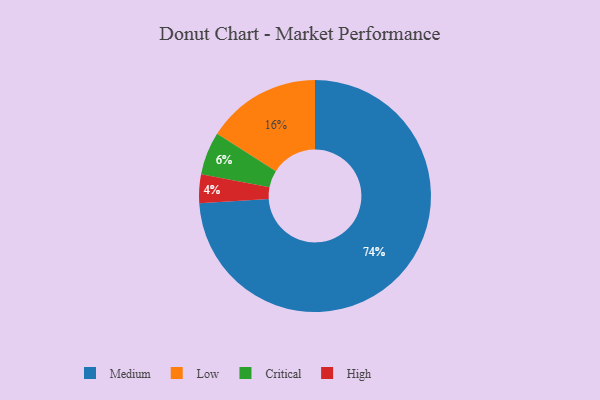
{"axis": {"x": "Category", "y": "Percentage"}, "legend": ["Critical", "High", "Low", "Medium"], "data": [{"x": "Medium", "y": 74, "type": "Medium"}, {"x": "Low", "y": 16, "type": "Low"}, {"x": "Critical", "y": 6, "type": "Critical"}, {"x": "High", "y": 4, "type": "High"}]}